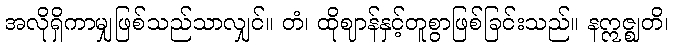
အလိုရှိကာမျှဖြစ်သည်သာလျှင်။ တံ၊ ထိုဈာန်နှင့်တူစွာဖြစ်ခြင်းသည်။ နဣဇ္ဈတိ၊